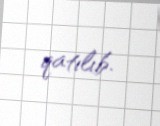
qatılıb.